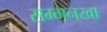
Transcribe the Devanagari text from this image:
सम्मनखा